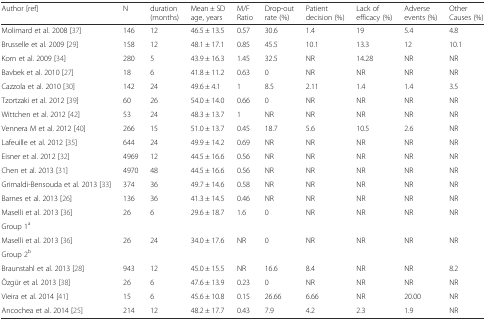
<table><thead><tr><td><b>Author [ref]</b></td><td><b>N</b></td><td><b>duration (months)</b></td><td><b>Mean ± SD age, years</b></td><td><b>M/F Ratio</b></td><td><b>Drop-out rate (%)</b></td><td><b>Patient decision (%)</b></td><td><b>Lack of efficacy (%)</b></td><td><b>Adverse events (%)</b></td><td><b>Other Causes (%)</b></td></tr></thead><tbody><tr><td>Molimard et al. 2008 [37]</td><td>146</td><td>12</td><td>46.5 ± 13.5</td><td>0.57</td><td>30.6</td><td>1.4</td><td>19</td><td>5.4</td><td>4.8</td></tr><tr><td>Brusselle et al. 2009 [29]</td><td>158</td><td>12</td><td>48.1 ± 17.1</td><td>0.85</td><td>45.5</td><td>10.1</td><td>13.3</td><td>12</td><td>10.1</td></tr><tr><td>Korn et al. 2009 [34]</td><td>280</td><td>5</td><td>43.9 ± 16.3</td><td>1.45</td><td>32.5</td><td>NR</td><td>14.28</td><td>NR</td><td>NR</td></tr><tr><td>Bavbek et al. 2010 [27]</td><td>18</td><td>6</td><td>41.8 ± 11.2</td><td>0.63</td><td>0</td><td>NR</td><td>NR</td><td>NR</td><td>NR</td></tr><tr><td>Cazzola et al. 2010 [30]</td><td>142</td><td>24</td><td>49.6 ± 4.1</td><td>1</td><td>8.5</td><td>2.11</td><td>1.4</td><td>1.4</td><td>3.5</td></tr><tr><td>Tzortzaki et al. 2012 [39]</td><td>60</td><td>26</td><td>54.0 ± 14.0</td><td>0.66</td><td>0</td><td>NR</td><td>NR</td><td>NR</td><td>NR</td></tr><tr><td>Wittchen et al. 2012 [42]</td><td>53</td><td>24</td><td>48.3 ± 13.7</td><td>1</td><td>NR</td><td>NR</td><td>NR</td><td>NR</td><td>NR</td></tr><tr><td>Vennera M et al. 2012 [40]</td><td>266</td><td>15</td><td>51.0 ± 13.7</td><td>0.45</td><td>18.7</td><td>5.6</td><td>10.5</td><td>2.6</td><td>NR</td></tr><tr><td>Lafeuille et al. 2012 [35]</td><td>644</td><td>24</td><td>49.9 ± 14.2</td><td>0.69</td><td>NR</td><td>NR</td><td>NR</td><td>NR</td><td>NR</td></tr><tr><td>Eisner et al. 2012 [32]</td><td>4969</td><td>12</td><td>44.5 ± 16.6</td><td>0.56</td><td>NR</td><td>NR</td><td>NR</td><td>NR</td><td>NR</td></tr><tr><td>Chen et al. 2013 [31]</td><td>4970</td><td>48</td><td>44.5 ± 16.6</td><td>0.56</td><td>NR</td><td>NR</td><td>NR</td><td>NR</td><td>NR</td></tr><tr><td>Grimaldi-Bensouda et al. 2013 [33]</td><td>374</td><td>36</td><td>49.7 ± 14.6</td><td>0.58</td><td>NR</td><td>NR</td><td>NR</td><td>NR</td><td>NR</td></tr><tr><td>Barnes et al. 2013 [26]</td><td>136</td><td>36</td><td>41.3 ± 14.5</td><td>0.46</td><td>NR</td><td>NR</td><td>NR</td><td>NR</td><td>NR</td></tr><tr><td>Maselli et al. 2013 [36]</td><td rowspan="2">26</td><td rowspan="2">6</td><td rowspan="2">29.6 ± 18.7</td><td rowspan="2">1.6</td><td rowspan="2">0</td><td rowspan="2">NR</td><td rowspan="2">NR</td><td rowspan="2">NR</td><td rowspan="2">NR</td></tr><tr><td>Group 1<sup>a</sup></td></tr><tr><td>Maselli et al. 2013 [36]</td><td rowspan="2">26</td><td rowspan="2">24</td><td rowspan="2">34.0 ± 17.6</td><td rowspan="2">NR</td><td rowspan="2">0</td><td rowspan="2">NR</td><td rowspan="2">NR</td><td rowspan="2">NR</td><td rowspan="2">NR</td></tr><tr><td>Group 2<sup>b</sup></td></tr><tr><td>Braunstahl et al. 2013 [28]</td><td>943</td><td>12</td><td>45.0 ± 15.5</td><td>NR</td><td>16.6</td><td>8.4</td><td>NR</td><td>NR</td><td>8.2</td></tr><tr><td>Özgür et al. 2013 [38]</td><td>26</td><td>6</td><td>47.6 ± 13.9</td><td>0.23</td><td>0</td><td>NR</td><td>NR</td><td>NR</td><td>NR</td></tr><tr><td>Vieira et al. 2014 [41]</td><td>15</td><td>6</td><td>45.6 ± 10.8</td><td>0.15</td><td>26.66</td><td>6.66</td><td>NR</td><td>20.00</td><td>NR</td></tr><tr><td>Ancochea et al. 2014 [25]</td><td>214</td><td>12</td><td>48.2 ± 17.7</td><td>0.43</td><td>7.9</td><td>4.2</td><td>2.3</td><td>1.9</td><td>NR</td></tr></tbody></table>